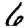
Digit: 6